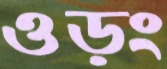
ওড়ং